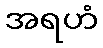
အရဟံ